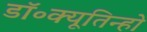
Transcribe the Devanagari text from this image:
डॉ॰क्यूतिन्हो